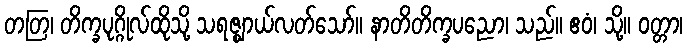
တတြ၊ တိက္ခပုဂ္ဂိုလ်ထိုသို့ သရဇ္ဈာယ်လတ်သော်။ နာတိတိက္ခပညော၊ သည်။ ဧဝံ၊ သို့။ ဝတ္တာ၊